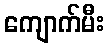
ကျောက်မီး